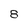
Character: 8